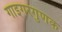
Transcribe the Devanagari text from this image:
गाइगरगुणक